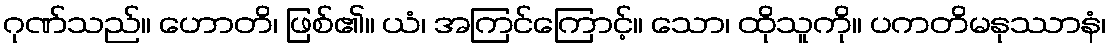
ဂုဏ်သည်။ ဟောတိ၊ ဖြစ်၏။ ယံ၊ အကြင်ကြောင့်။ သော၊ ထိုသူကို။ ပကတိမနုဿာနံ၊